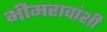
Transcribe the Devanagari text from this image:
भीमरावांशी